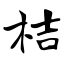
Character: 桔